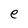
Character: e